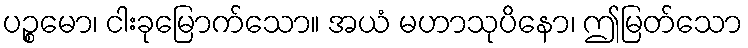
ပဉ္စမော၊ ငါးခုမြောက်သော။ အယံ မဟာသုပိနော၊ ဤမြတ်သော